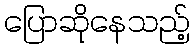
ပြောဆိုနေသည့်